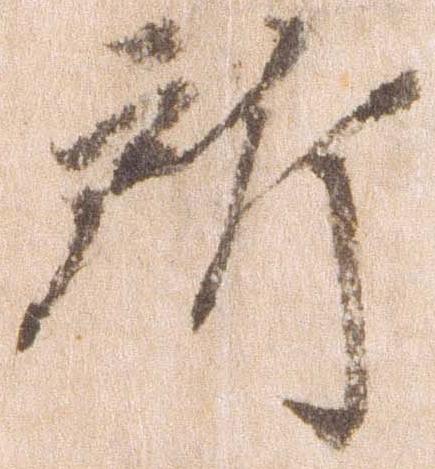
所